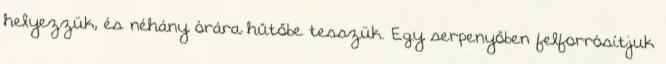
helyezzük, és néhány órára hűtőbe tesszük. Egy serpenyőben felforrósítjuk